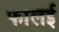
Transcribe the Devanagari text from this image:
फालई